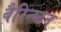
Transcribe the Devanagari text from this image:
बैरिन्ग्टन